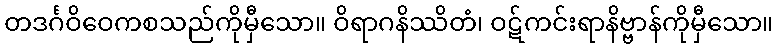
တဒင်္ဂဝိဝေကစသည်ကိုမှီသော။ ဝိရာဂနိဿိတံ၊ ဝဋ်ကင်းရာနိဗ္ဗာန်ကိုမှီသော။